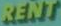
RENT